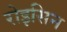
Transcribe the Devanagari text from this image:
रोइसिन